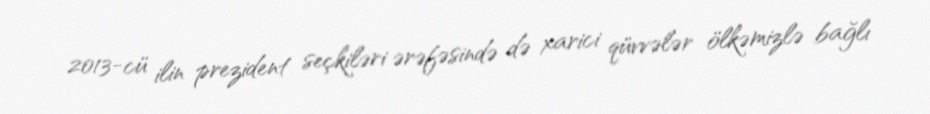
2013-cü ilin prezident seçkiləri ərəfəsində də xarici qüvvələr ölkəmizlə bağlı